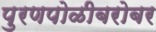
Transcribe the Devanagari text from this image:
पुरणपोळीबरोबर